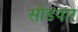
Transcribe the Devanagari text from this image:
सोंडपार